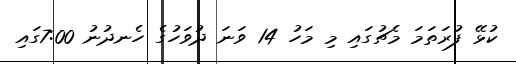
ކުޅޭ ފުރަތަމަ މެޗުގައި މި މަހު 14 ވަނަ ދުވަހުގެ ހެނދުނު 7:00ގައި